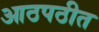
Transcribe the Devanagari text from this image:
आठपठीत